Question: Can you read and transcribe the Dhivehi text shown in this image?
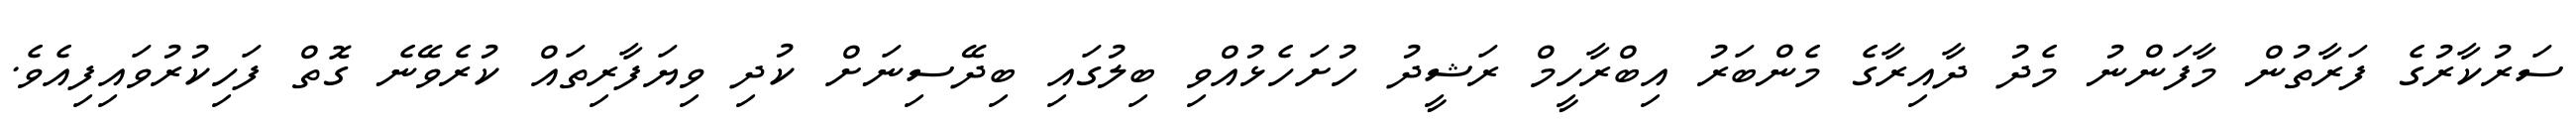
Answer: ސަރުކާރުގެ ފަރާތުން މާފަންނު މެދު ދާއިރާގެ މެންބަރު އިބްރާހީމް ރަޝީދު ހުށަހެޅުއްވި ބިލުގައި ބިދޭސިނަށް ކުދި ވިޔަފާރިތައް ކުރެވޭނެ ގޮތް ފަހިކުރުވައިފިއެވެ.